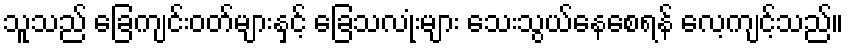
သူသည် ခြေကျင်းဝတ်များနှင့် ခြေသလုံးများ သေးသွယ်နေစေရန် လေ့ကျင့်သည်။